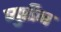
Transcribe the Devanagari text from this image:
प्युरीन